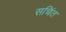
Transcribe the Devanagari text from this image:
सचिंत